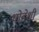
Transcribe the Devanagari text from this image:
थोडेशी